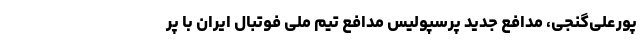
پورعلی‌گنجی، مدافع جدید پرسپولیس مدافع تیم ملی فوتبال ایران با پر